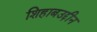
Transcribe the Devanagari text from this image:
शिहाबउद्दीन